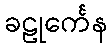
ခဠုင်္ကေန